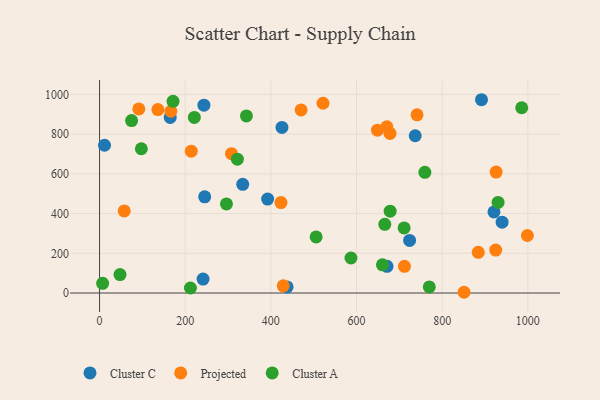
{"axis": {"x": "Speed", "y": "Salary"}, "legend": ["Cluster A", "Cluster C", "Projected"], "data": [{"x": "891.8", "y": 973.3, "type": "Cluster C"}, {"x": "241.7", "y": 70.4, "type": "Cluster C"}, {"x": "245.5", "y": 484.2, "type": "Cluster C"}, {"x": "11.6", "y": 744.0, "type": "Cluster C"}, {"x": "671.2", "y": 134.3, "type": "Cluster C"}, {"x": "392.5", "y": 472.9, "type": "Cluster C"}, {"x": "939.9", "y": 356.9, "type": "Cluster C"}, {"x": "334.3", "y": 547.2, "type": "Cluster C"}, {"x": "425.9", "y": 834.0, "type": "Cluster C"}, {"x": "737.0", "y": 792.0, "type": "Cluster C"}, {"x": "723.9", "y": 264.9, "type": "Cluster C"}, {"x": "437.9", "y": 30.5, "type": "Cluster C"}, {"x": "243.7", "y": 945.7, "type": "Cluster C"}, {"x": "920.9", "y": 408.2, "type": "Cluster C"}, {"x": "165.0", "y": 884.2, "type": "Cluster C"}, {"x": "214.1", "y": 714.0, "type": "Projected"}, {"x": "851.0", "y": 3.8, "type": "Projected"}, {"x": "428.9", "y": 36.4, "type": "Projected"}, {"x": "741.3", "y": 897.3, "type": "Projected"}, {"x": "998.9", "y": 289.7, "type": "Projected"}, {"x": "308.1", "y": 701.6, "type": "Projected"}, {"x": "925.9", "y": 609.1, "type": "Projected"}, {"x": "470.6", "y": 921.8, "type": "Projected"}, {"x": "423.6", "y": 455.3, "type": "Projected"}, {"x": "521.7", "y": 955.5, "type": "Projected"}, {"x": "91.7", "y": 927.0, "type": "Projected"}, {"x": "678.2", "y": 803.7, "type": "Projected"}, {"x": "925.0", "y": 216.4, "type": "Projected"}, {"x": "670.8", "y": 836.9, "type": "Projected"}, {"x": "711.9", "y": 134.6, "type": "Projected"}, {"x": "166.4", "y": 915.2, "type": "Projected"}, {"x": "136.2", "y": 923.6, "type": "Projected"}, {"x": "648.9", "y": 819.8, "type": "Projected"}, {"x": "884.2", "y": 204.8, "type": "Projected"}, {"x": "57.7", "y": 413.4, "type": "Projected"}, {"x": "660.5", "y": 141.9, "type": "Cluster A"}, {"x": "97.6", "y": 726.4, "type": "Cluster A"}, {"x": "321.8", "y": 673.8, "type": "Cluster A"}, {"x": "221.3", "y": 884.4, "type": "Cluster A"}, {"x": "666.0", "y": 346.0, "type": "Cluster A"}, {"x": "930.5", "y": 456.3, "type": "Cluster A"}, {"x": "212.2", "y": 25.2, "type": "Cluster A"}, {"x": "678.5", "y": 411.9, "type": "Cluster A"}, {"x": "74.8", "y": 868.3, "type": "Cluster A"}, {"x": "587.0", "y": 176.4, "type": "Cluster A"}, {"x": "7.2", "y": 48.9, "type": "Cluster A"}, {"x": "296.3", "y": 448.7, "type": "Cluster A"}, {"x": "47.8", "y": 92.7, "type": "Cluster A"}, {"x": "505.7", "y": 282.6, "type": "Cluster A"}, {"x": "759.6", "y": 607.6, "type": "Cluster A"}, {"x": "711.1", "y": 327.7, "type": "Cluster A"}, {"x": "985.7", "y": 932.9, "type": "Cluster A"}, {"x": "342.9", "y": 891.8, "type": "Cluster A"}, {"x": "171.6", "y": 965.4, "type": "Cluster A"}, {"x": "769.9", "y": 30.7, "type": "Cluster A"}]}